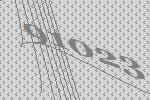
91023